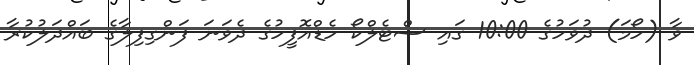
ވާ (ހޯމަ) ދުވަހުގެ 10:00 ގައި ސްޓެލްކޯ ހެޑްއޮފީހުގެ ދެވަނަ ފަންގިފިލާގެ ބައްދަލުކުރާ